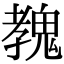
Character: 𩳔